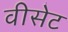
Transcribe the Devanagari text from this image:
वीसेट